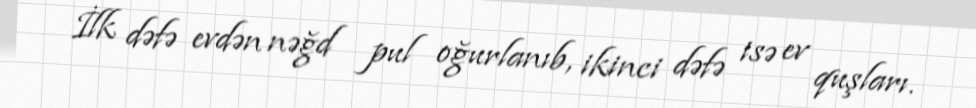
İlk dəfə evdən nəğd pul oğurlanıb, ikinci dəfə isə ev quşları.